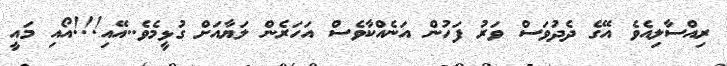
ރިއްސާލިއެވެ އޭގެ ދެދުވަސް ވަރު ފަހުން އަނެއްކާވެސް އަހަރެން ލަޔާއަށް ގުޅީމެވެ..އޭއި!!!އޯއި މައީ